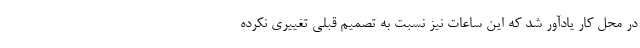
در محل کار یادآور شد که این ساعات نیز نسبت به تصمیم قبلی تغییری نکرده